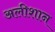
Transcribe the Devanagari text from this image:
अलीशान